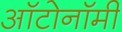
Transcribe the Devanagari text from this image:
ऑटोनॉमी